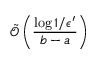
\tilde { \mathcal { O } } \left( \frac { \log { 1 / \epsilon ^ { \prime } } } { b - a } \right)